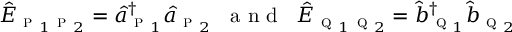
\begin{array} { r } { \hat { E } _ { \textsc { p } _ { 1 } \textsc { p } _ { 2 } } = \hat { a } _ { \textsc { p } _ { 1 } } ^ { \dagger } \hat { a } _ { \textsc { p } _ { 2 } } \; \; \mathrm { ~ a ~ n ~ d ~ } \; \; \hat { E } _ { \textsc { q } _ { 1 } \textsc { q } _ { 2 } } = \hat { b } _ { \textsc { q } _ { 1 } } ^ { \dagger } \hat { b } _ { \textsc { q } _ { 2 } } } \end{array}